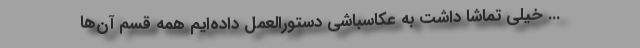
... خیلی تماشا داشت به عکاسباشی دستورالعمل داده‌ایم همه قسم آن‌ها